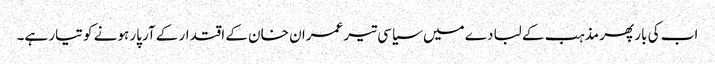
اب کی بار پھر مذہب کے لبادے میں سیاسی تیر عمران خان کے اقتدار کے آرپار ہونے کو تیار ہے۔